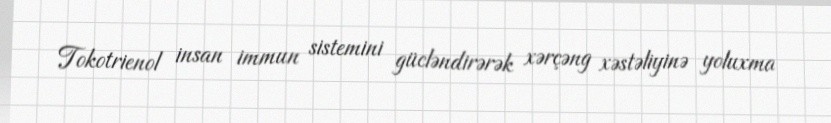
Tokotrienol insan immun sistemini gücləndirərək xərçəng xəstəliyinə yoluxma